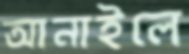
আনাইলে